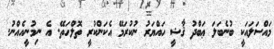
މައްސަލައަކީ ބުނެބަލަ ޢަބްދު ޤާޟީ ހައްޔަރު ނުކުރަމޭ އެކަންކުރީ ތޮލްހަތޭ. އެ ނިމުނީއެއްނު.